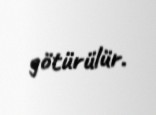
götürülür.